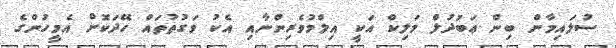
ސުލައިމާން ބިން ޢަބުދުލް މަލިކް އަކީ އިލްމުވެރިންނާއި އެކު ވަގުތުތައް ހޭދަކޮށް އެމީހުންގެ